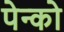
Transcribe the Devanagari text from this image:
पेन्को